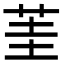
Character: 茥